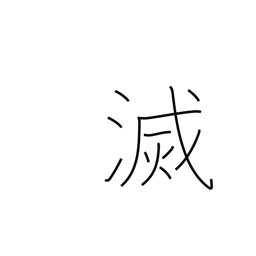
Meaning: perish